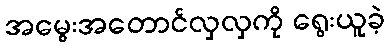
အမွေးအတောင်လှလှကို ရွေးယူခဲ့